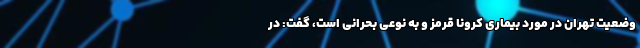
وضعیت تهران در مورد بیماری کرونا قرمز و به نوعی بحرانی است، گفت: در